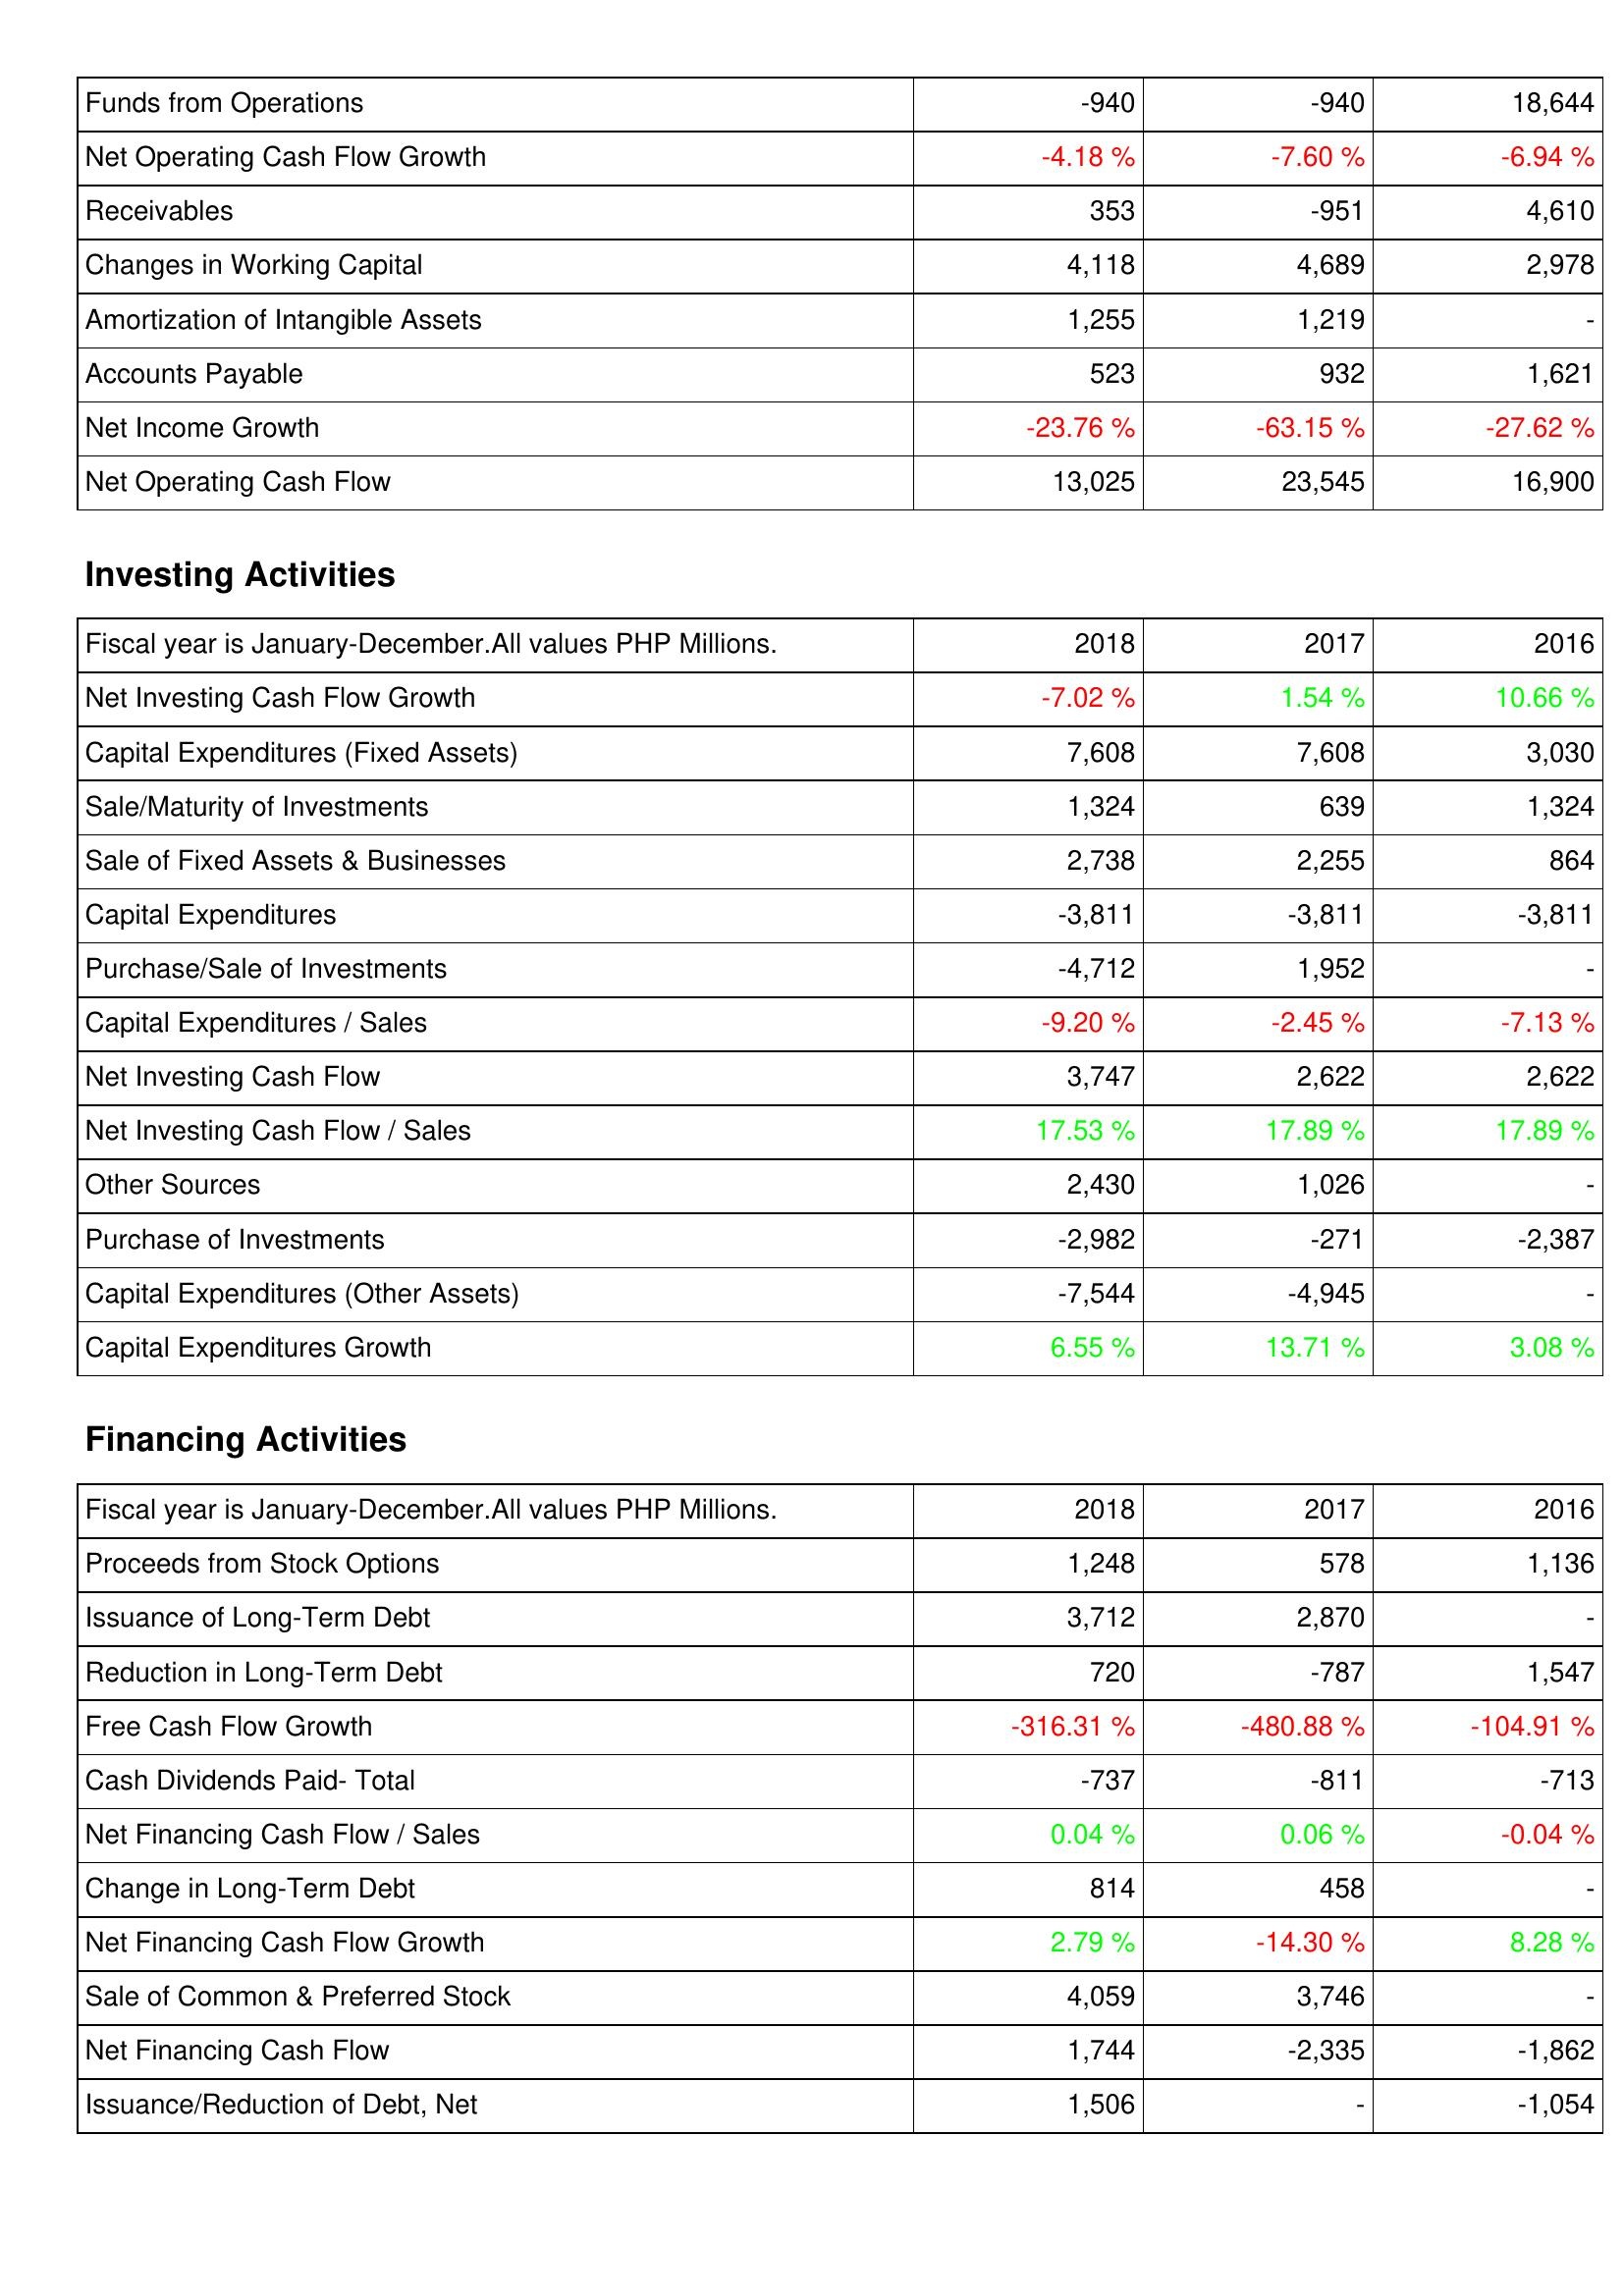
2018: Operating Activities: Funds from Operations: -940
Net Operating Cash Flow Growth: -4.18 %
Receivables: 353
Changes in Working Capital: 4,118
Amortization of Intangible Assets: 1,255
Accounts Payable: 523
Net Income Growth: -23.76 %
Net Operating Cash Flow: 13,025
Investing Activities: Net Investing Cash Flow Growth: -7.02 %
Capital Expenditures (Fixed Assets): 7,608
Sale/Maturity of Investments: 1,324
Sale of Fixed Assets & Businesses: 2,738
Capital Expenditures: -3,811
Purchase/Sale of Investments: -4,712
Capital Expenditures / Sales: -9.20 %
Net Investing Cash Flow: 3,747
Net Investing Cash Flow / Sales: 17.53 %
Other Sources: 2,430
Purchase of Investments: -2,982
Capital Expenditures (Other Assets): -7,544
Capital Expenditures Growth: 6.55 %
Financing Activities: Proceeds from Stock Options: 1,248
Issuance of Long-Term Debt: 3,712
Reduction in Long-Term Debt: 720
Free Cash Flow Growth: -316.31 %
Cash Dividends Paid- Total: -737
Net Financing Cash Flow / Sales: 0.04 %
Change in Long-Term Debt: 814
Net Financing Cash Flow Growth: 2.79 %
Sale of Common & Preferred Stock: 4,059
Net Financing Cash Flow: 1,744
Issuance/Reduction of Debt, Net: 1,506
2017: Operating Activities: Funds from Operations: -940
Net Operating Cash Flow Growth: -7.60 %
Receivables: -951
Changes in Working Capital: 4,689
Amortization of Intangible Assets: 1,219
Accounts Payable: 932
Net Income Growth: -63.15 %
Net Operating Cash Flow: 23,545
Investing Activities: Net Investing Cash Flow Growth: 1.54 %
Capital Expenditures (Fixed Assets): 7,608
Sale/Maturity of Investments: 639
Sale of Fixed Assets & Businesses: 2,255
Capital Expenditures: -3,811
Purchase/Sale of Investments: 1,952
Capital Expenditures / Sales: -2.45 %
Net Investing Cash Flow: 2,622
Net Investing Cash Flow / Sales: 17.89 %
Other Sources: 1,026
Purchase of Investments: -271
Capital Expenditures (Other Assets): -4,945
Capital Expenditures Growth: 13.71 %
Financing Activities: Proceeds from Stock Options: 578
Issuance of Long-Term Debt: 2,870
Reduction in Long-Term Debt: -787
Free Cash Flow Growth: -480.88 %
Cash Dividends Paid- Total: -811
Net Financing Cash Flow / Sales: 0.06 %
Change in Long-Term Debt: 458
Net Financing Cash Flow Growth: -14.30 %
Sale of Common & Preferred Stock: 3,746
Net Financing Cash Flow: -2,335
Issuance/Reduction of Debt, Net: -
2016: Operating Activities: Funds from Operations: 18,644
Net Operating Cash Flow Growth: -6.94 %
Receivables: 4,610
Changes in Working Capital: 2,978
Amortization of Intangible Assets: -
Accounts Payable: 1,621
Net Income Growth: -27.62 %
Net Operating Cash Flow: 16,900
Investing Activities: Net Investing Cash Flow Growth: 10.66 %
Capital Expenditures (Fixed Assets): 3,030
Sale/Maturity of Investments: 1,324
Sale of Fixed Assets & Businesses: 864
Capital Expenditures: -3,811
Purchase/Sale of Investments: -
Capital Expenditures / Sales: -7.13 %
Net Investing Cash Flow: 2,622
Net Investing Cash Flow / Sales: 17.89 %
Other Sources: -
Purchase of Investments: -2,387
Capital Expenditures (Other Assets): -
Capital Expenditures Growth: 3.08 %
Financing Activities: Proceeds from Stock Options: 1,136
Issuance of Long-Term Debt: -
Reduction in Long-Term Debt: 1,547
Free Cash Flow Growth: -104.91 %
Cash Dividends Paid- Total: -713
Net Financing Cash Flow / Sales: -0.04 %
Change in Long-Term Debt: -
Net Financing Cash Flow Growth: 8.28 %
Sale of Common & Preferred Stock: -
Net Financing Cash Flow: -1,862
Issuance/Reduction of Debt, Net: -1,054